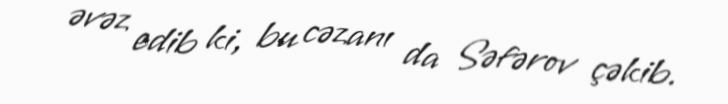
əvəz edib ki, bu cəzanı da Səfərov çəkib.